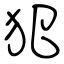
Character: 犯